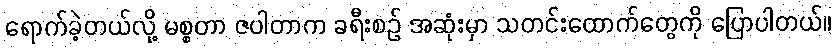
ရောက်ခဲ့တယ်လို့ မစ္စတာ ဇပါတာက ခရီးစဉ် အဆုံးမှာ သတင်းထောက်တွေကို ပြောပါတယ်။